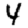
Digit: 4